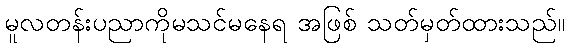
မူလတန်းပညာကိုမသင်မနေရ အဖြစ် သတ်မှတ်ထားသည်။